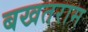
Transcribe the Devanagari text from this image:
बखतराम